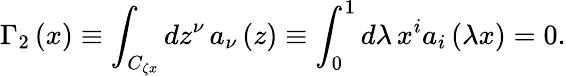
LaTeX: \Gamma_{2}\left(x\right)\equiv\int_{C_{\zeta x}}{dz^{\nu}}\, a_{\nu}\left(z\right)\equiv\int_{0}^{1}{d\lambda\, x^{i}}a_{i}\left({\lambda x}\right)=0.